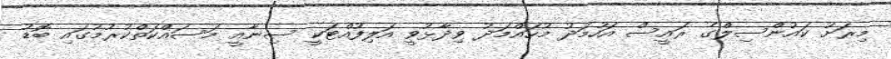
މިރަށު ކައުންސިލްގެ ރައީސް އަހުމަދު މުހައްމަދު ވިދާޅުވީ އަލިފުއްޓަކީ ސިނާއީ މަސައްކަތްކުރުމުގައި ބޮޑު